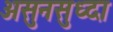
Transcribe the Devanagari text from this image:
असुनसुध्दा